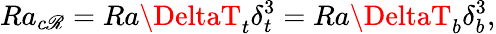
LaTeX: Ra_{c\mathscr{R}}=Ra\DeltaT_{t}\delta_{t}^{3}=Ra\DeltaT_{b}\delta_{b}^{3},